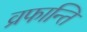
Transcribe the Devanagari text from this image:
व्रफान्ति